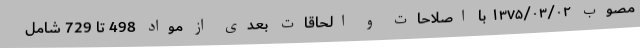
مصوب ۱۳۷۵/۰۳/۰۲ با اصلاحات و الحاقات بعدی از مواد 498 تا 729 شامل